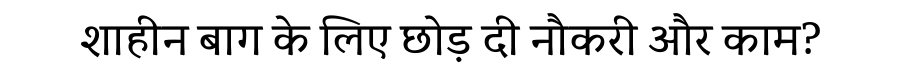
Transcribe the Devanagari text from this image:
शाहीन बाग के लिए छोड़ दी नौकरी और काम?